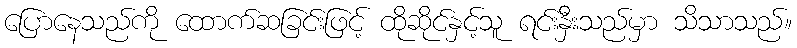
ပြောနေသည်ကို ထောက်ဆခြင်းဖြင့် ထိုဆိုင်နှင့်သူ ရင်းနှီးသည်မှာ သိသာသည်။